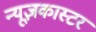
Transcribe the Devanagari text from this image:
न्यूज़कास्टर